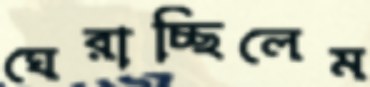
ঘেরাচ্ছিলেম